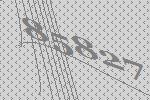
85827